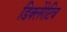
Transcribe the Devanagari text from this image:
डिक्लेरेटिव